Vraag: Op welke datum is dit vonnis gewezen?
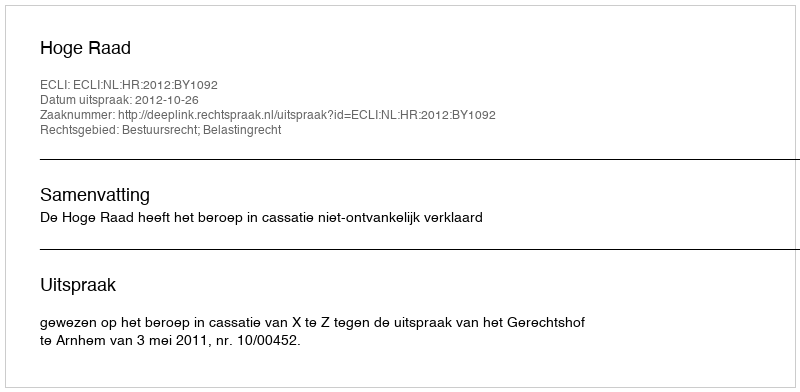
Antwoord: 2012-10-26